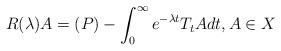
LaTeX: \begin{align*}R(\lambda)A=(P)- \int_0^{\infty}e^{- \lambda t}T_tA dt , A \in X\end{align*}